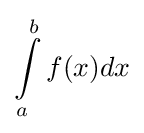
\int \limits _{a}^{b}f(x)dx